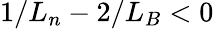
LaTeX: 1/L_{n}-2/L_{B}<0